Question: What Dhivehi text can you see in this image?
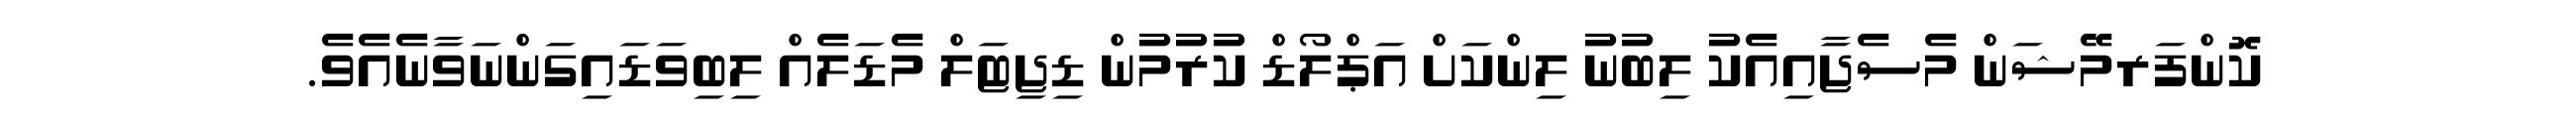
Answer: ކޮންފަރމޭޝަން މެސެޖާއިއެކު ލިބުނު ލިންކަށް އަޕްލޯޑް ކުރުމުން ޑިޖިޓަލް މެޑަލެއް ލިބިވަޑައިގަންނަވާނެއެވެ.